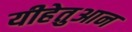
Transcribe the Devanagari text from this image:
यीहेतुआन